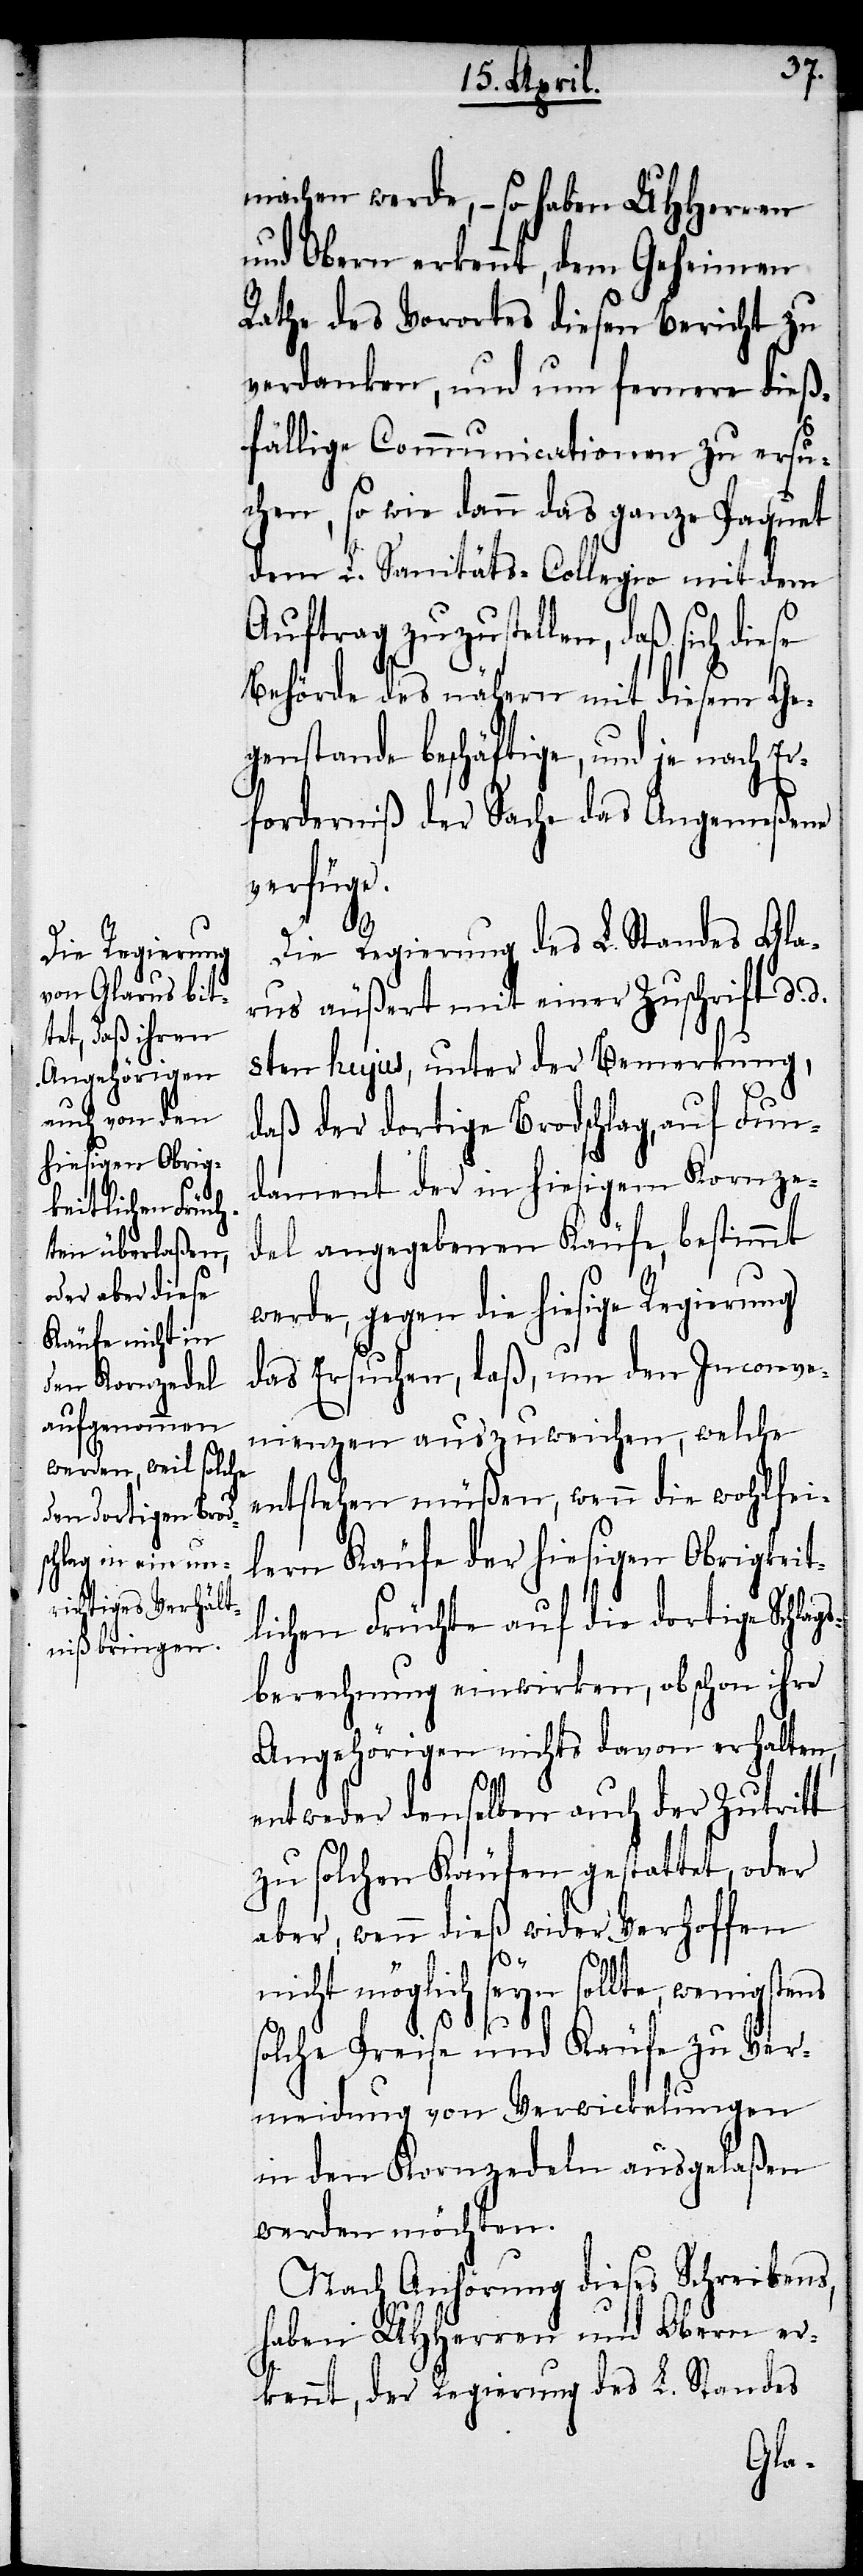
machen werde, – so haben UHHerren
und Obern erkennt, dem Geheimen
Rathe des Vorortes diesen Bericht zu
verdanken, und um fernere dieß¬
fällige Communicationen zu ersu¬
chen, so wie dann das ganze Paquet
dem L. Sanitäts-Collegio mit dem
Auftrag zuzustellen, daß sich diese
Behörde des nähern mit diesem Ge¬
genstande beschäftige, und je nach Er¬
forderniß der Sache das Angemeßene
verfüge.
Die Regierung des L. Standes Gla¬
rus äußert mit einer Zuschrift d. d.
8ten hujus, unter der Bemerkung,
daß der dortige Brodschlag, auf Fun¬
dament der in hiesigem Kornze¬
del angegebenen Käufe, bestimmt
werde, gegen die hiesige Regierung
das Ersuchen, daß, um den Inconve¬
nienzen auszuweichen, welche
entstehen müßen, wenn die wohlfei¬
lern Käufe der hiesigen Obrigkeit¬
lichen Früchte auf die dortige Schlags¬
berechnung einwirken, obschon ihre
Angehörigen nichts davon erhalten,
entweder denselben auch der Zutritt
zu solchen Käufen gestattet, oder
aber, wenn dieß wider Verhoffen
nicht möglich seyn sollte, wenigstens
solche Preise und Käufe zu Ver¬
meidung von Verwickelungen
in den Kornzedeln ausgelaßen
werden möchten.
Nach Anhörung dieses Schreibens,
haben UHHerren und Obern er¬
kennt, der Regierung des L. Standes